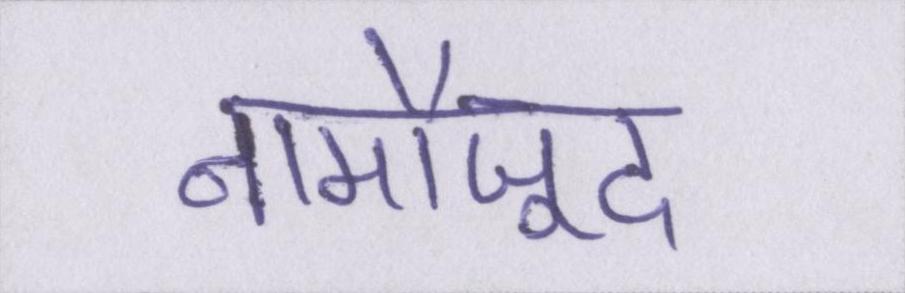
नामौजूद